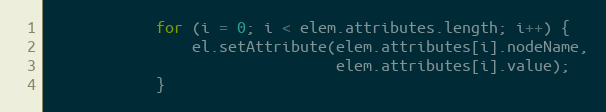
Language: JavaScript
            for (i = 0; i < elem.attributes.length; i++) {
                el.setAttribute(elem.attributes[i].nodeName,
                                elem.attributes[i].value);
            }